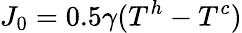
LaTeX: J_{0}=0.5\gamma(T^{h}-T^{c})